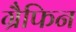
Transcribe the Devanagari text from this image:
ग्रैफिन